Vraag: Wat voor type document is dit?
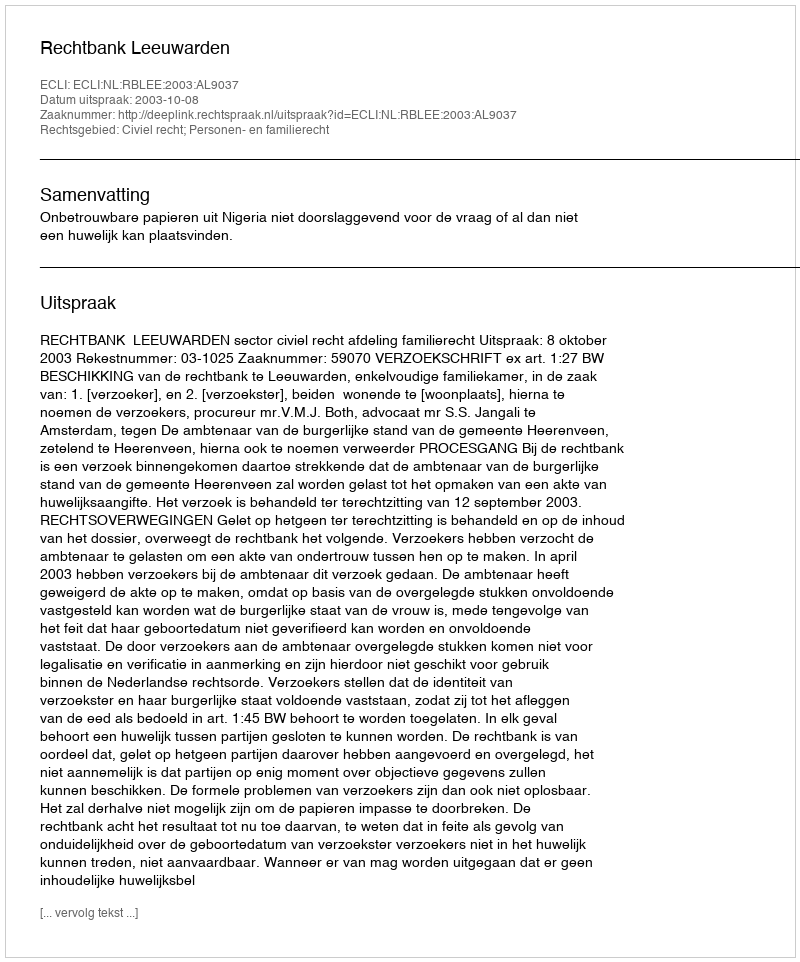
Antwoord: Uitspraak